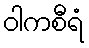
ဝါကစီရံ